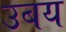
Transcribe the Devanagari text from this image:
उबय